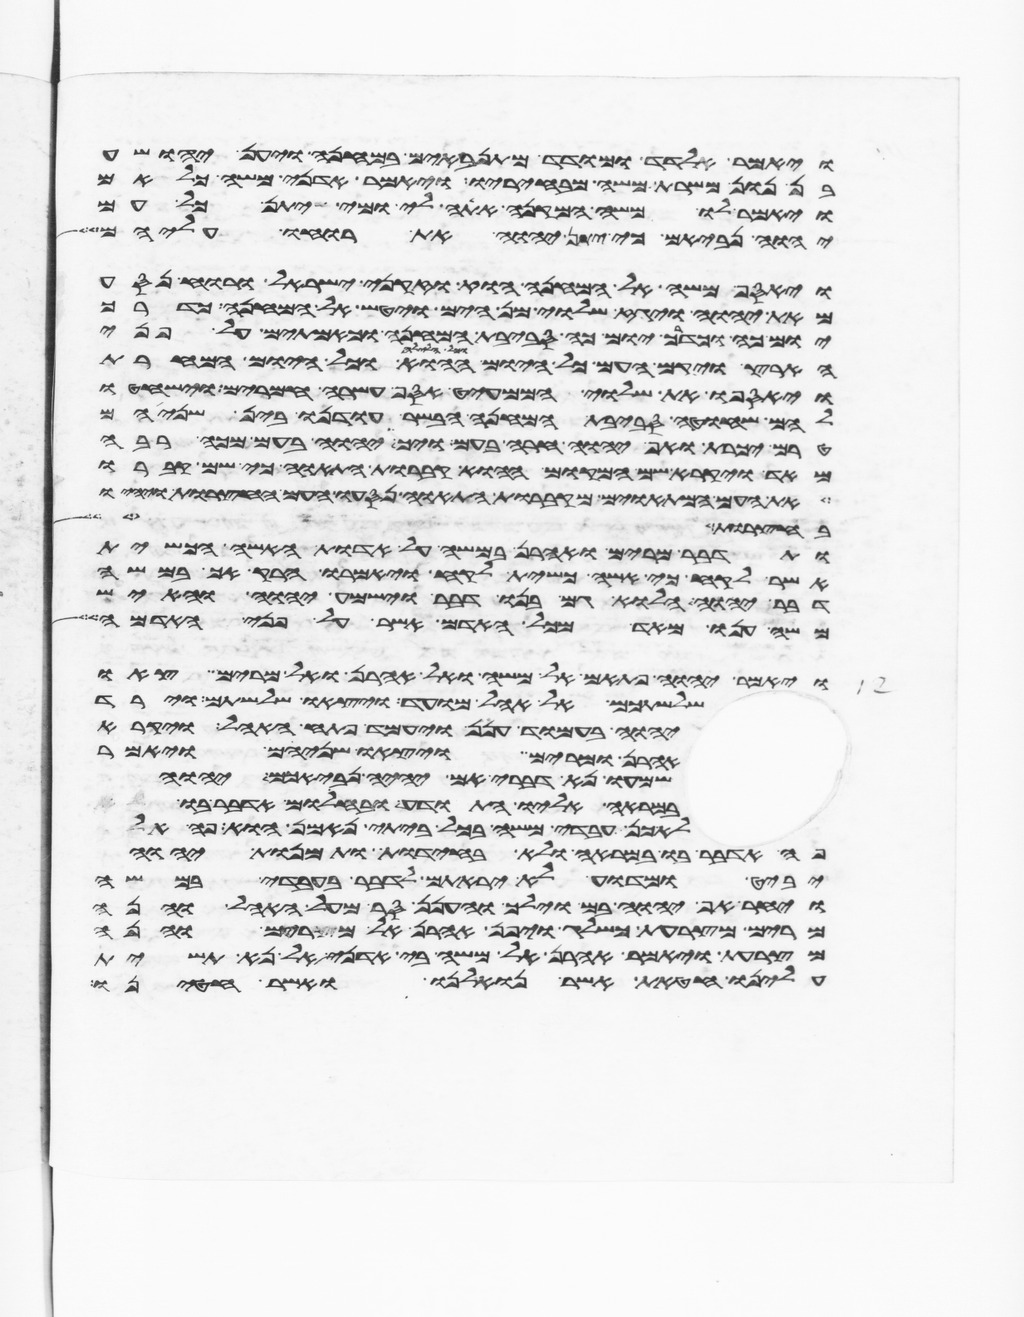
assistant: ויאמר אלדד ומודד מתנאבים במחנה ויען יהושע
בן נון משרת משה מבחיריו ויאמר אדני משה כלאם
ויאמר לו משה המקנא אתה לי ומי יתן כל עם
יהוה נביאים כי יתן יהוה את רוחו עליהם
ויאסף משה אל המחנה הוא וזקני ישראל ורוח נסע
מאת יהוה ויגז שלוי מן הים ויטש אל המחנה כדרך
יום כה וכדרך יום כה סביבת המחנה וכאמתים על פני
הארץ ויקם העם כל היום ההוא וכל הלילה וכל היום המחרת
ויאספו את השלוי הממעיט אסף עשרה חמרים וישחטו
להם שחוט סביבת המחנה הבשר עודנו בין שניהם
טרם יכרת ואף יהוה חרה בעם ויך יהוה בעם מכה רבה
מאד ויקרא שם המקום ההוא קברות התאוה כי שם קברו
את העם המתאוים מקברות התאוה נסעו העם החצרות ויהיו
לחצר שש
ותדבר מרים ואהרן במשה על אדות האשה הכשית
אשר לקח כי אשה כשית לקח ויאמרו הרק אך במשה
דבר יהוה הלוא גם בנו דבר וישמע יהוה והאיש
משה ענו מאד מכל האדם אשר על פני האדמה
ויאמר יהוה פתאם אל משה ואל אהרן ואל מרים צאו
שלשתכם אל אהל מועד ויצאו שלשתם וירד
יהוה בעמוד הענן ויעמד פתח האהל ויקרא
אהרן ומרים ויצאו שניהם ויאמר
שמעו נא דברי אם יהיה נביאכם יהוה
במראה אליו התודע ובחלום אדבר בו
לא כן עבדי משה בכל ביתי נאמן הוא פה אל
פה אדבר בו במראה ולא בחידת ותמונת יהוה
יביט ומדוע לא יראתם לדבר בעבדי במשה
ויחר אף יהוה בם וילך והענן סר מעל האהל והנה
מרים מצרעת כשלג ויפן אהרן אל מרים והנה
מצרעת ויאמר אהרן אל משה בי אדני אל נא תשית
עלינו חטאת אשר נואלנו ואשר חטאנו